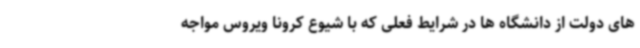
های دولت از دانشگاه ها در شرایط فعلی که با شیوع کرونا ویروس مواجه